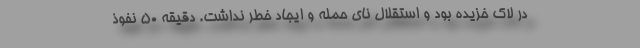
در لاک خزیده بود و استقلال نای حمله و ایجاد خطر نداشت. دقیقه 50 نفوذ